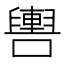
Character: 𲄻